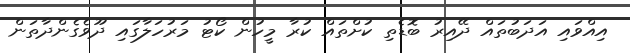
އިއްވައި އަދަބުތައް ދޭއިރު ބޮޑެތި ކުށްތައް ކުރާ މީހުން ކޯޓު މަރުހަލާގައި ދޫވެގެންދާތަން